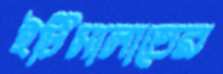
ইটিসালাতের